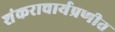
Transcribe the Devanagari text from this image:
शंकराचार्यप्रणीत